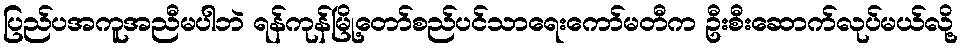
ပြည်ပအကူအညီမပါဘဲ ရန်ကုန်မြို့တော်စည်ပင်သာရေးကော်မတီက ဦးစီးဆောက်လုပ်မယ်လို့